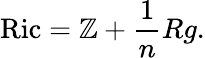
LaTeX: \operatorname{Ric}=\mathbb{Z}+{\frac{{1}}{{n}}}Rg.